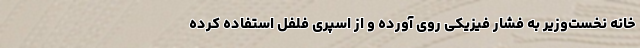
خانه نخست‌وزیر به فشار فیزیکی روی آورده و از اسپری فلفل استفاده کرده